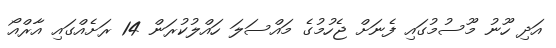
އަދި ހޫނު މޫސުމުގައި ފެނަށް ޖެހުމުގެ މައްސަލަ ހައްލުކުރަން 14 ރަށެއްގައި އާރްއޯ